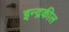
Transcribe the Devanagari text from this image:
इन्द्रकील